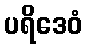
ပရိဒေဝံ